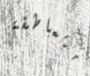
متعاطفة